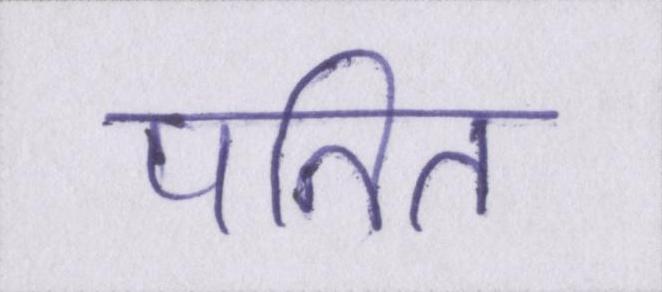
पतित